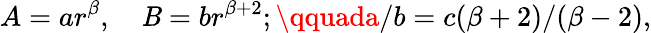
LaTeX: A=ar^{\beta},\quad\mathit{B}=br^{\beta+2};\qquada/b=c(\beta+2)/(\beta-2),